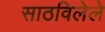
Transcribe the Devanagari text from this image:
साठविलेले